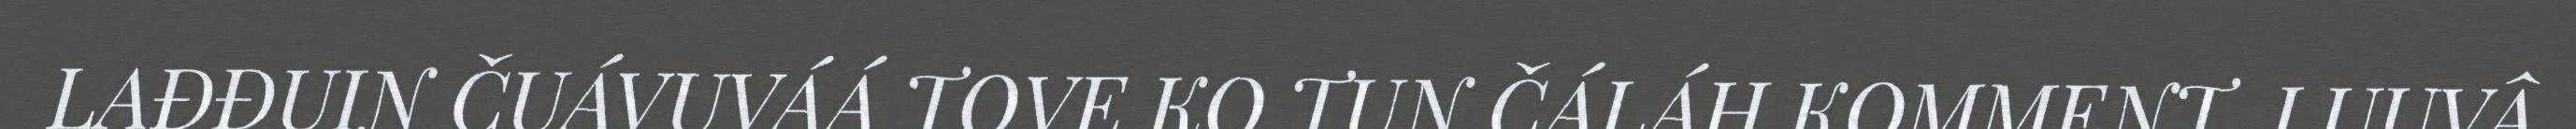
LAĐĐUIN ČUÁVUVÁÁ TOVE KO TUN ČÁLÁH KOMMENT. LUUVÂ